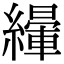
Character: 𦅿